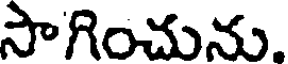
సాగించును.